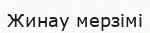
Жинау мерзімі